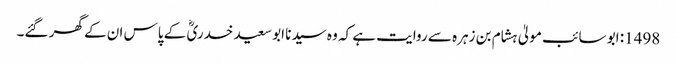
1498: ابو سائب مولیٰ ہشام بن زہرہ سے روایت ہے کہ وہ سیدنا ابو سعید خدریؓ کے پاس ان کے گھر گئے۔